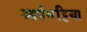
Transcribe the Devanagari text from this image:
आर्यभट्टिया